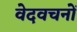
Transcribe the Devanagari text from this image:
वेदवचनों